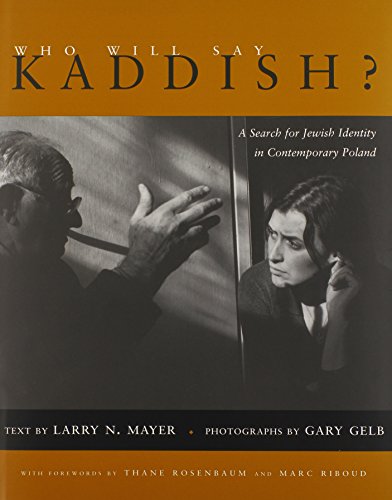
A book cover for Who Will Say Kaddish?: A Search for Jewish Identity in Contemporary Poland (Religion, Theology and the Holocaust); Larry Mayer; Travel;